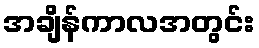
အချိန်ကာလအတွင်း